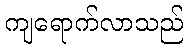
ကျရောက်လာသည်